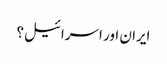
ایران اور اسرائیل؟